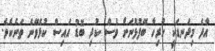
އާދެ މިދަނޑަކީ ހުރިހާ ބޭފުޅުނަށް ވެސް ކުދި ބޮޑު އައިސް ކުޅެވޭނެ ތަނެކެވެ.